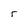
Character: r